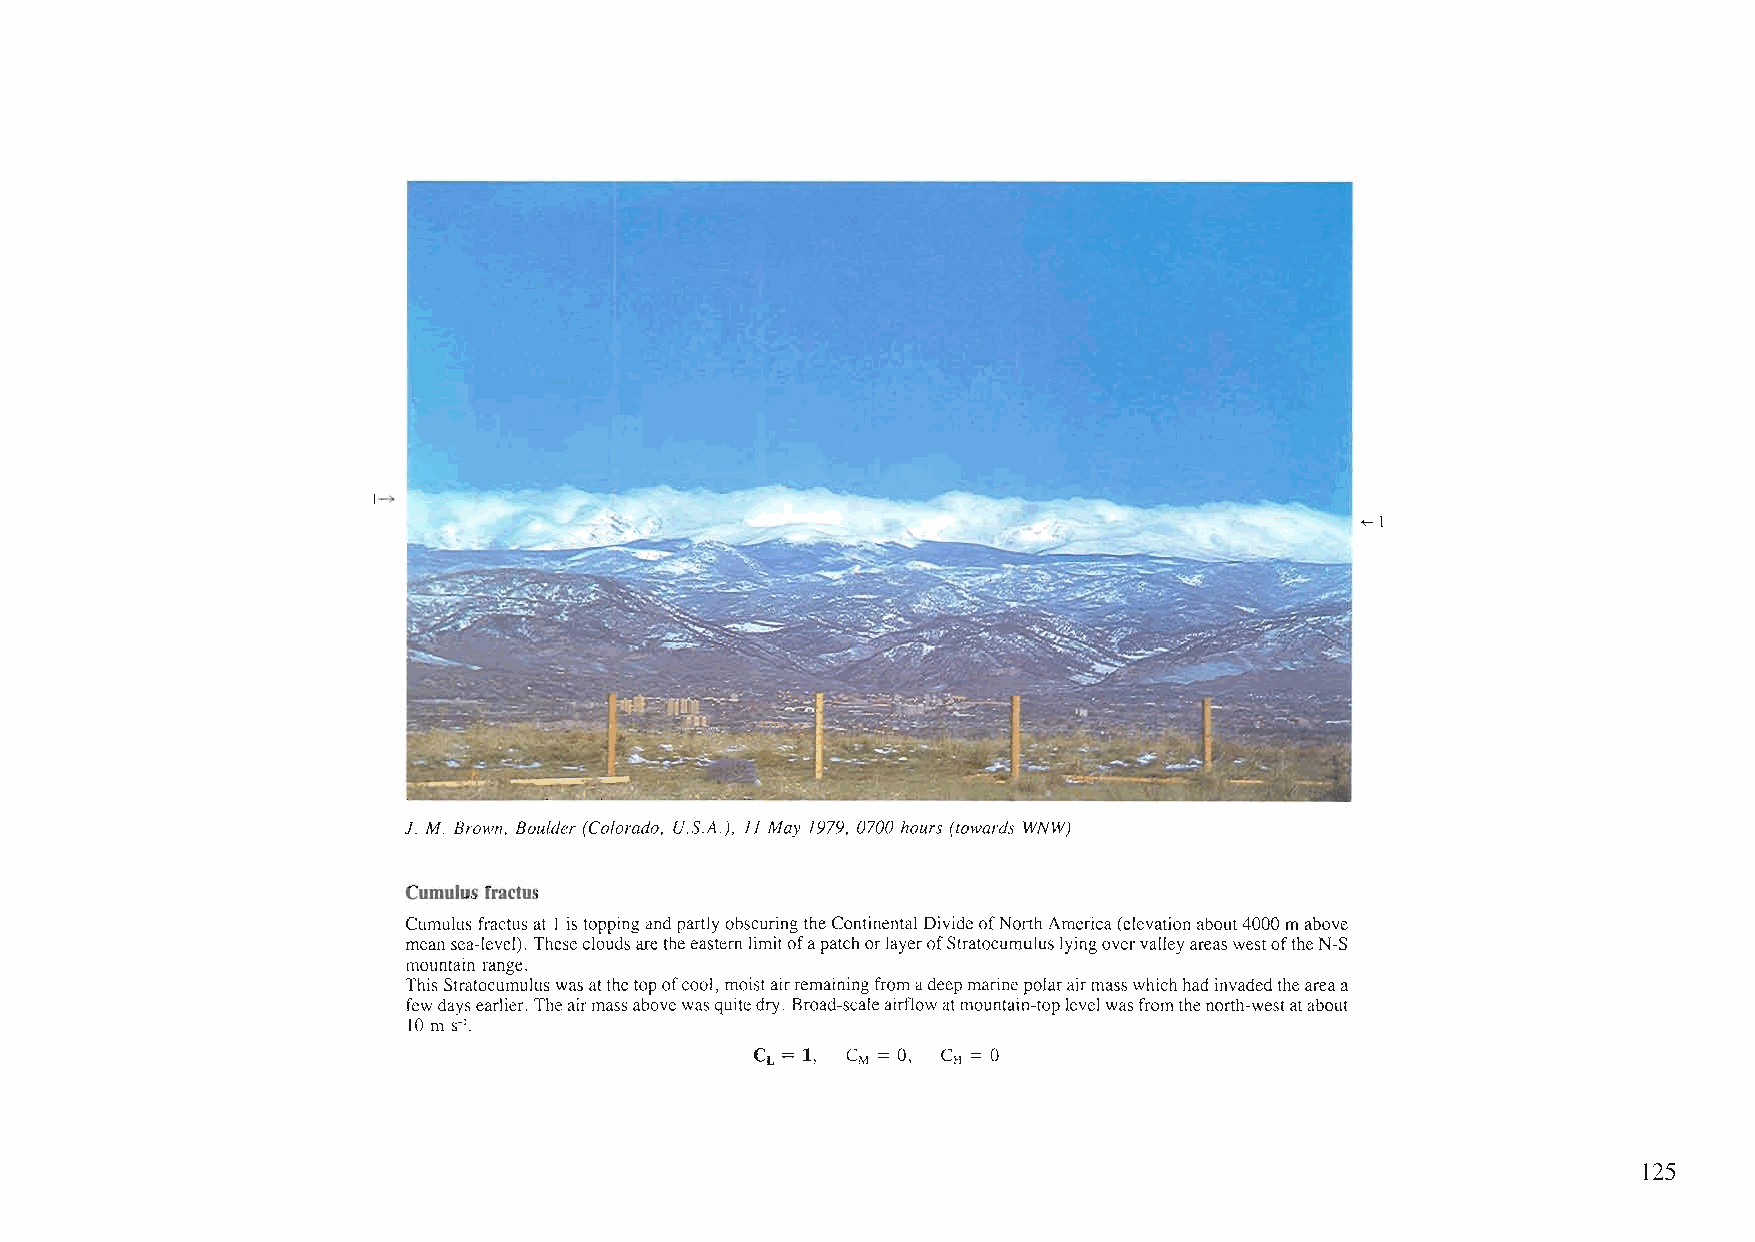
1-,>
 ~I
 J. M. Brown, Boulder (Colorado, U.S.A.), 11 May 1979, 0700 hours (towards WNW)
 Cumulus fractus
 Cumulusfractus at Iis toppingandpartlyobscuringtheContinental DivideofNorthAmerica(elevationabout4000mabove
 meansea-level). ThesecloudsaretheeasternlimitofapatchorlayerofStratocumuluslyingovervalleyareaswestoftheN-S
 mountain range.
 ThisStratocumuluswasatthetopofcool,moistairremainingfrom adeepmarinepolarairmasswhichhadinvadedtheareaa
 few daysearlier. Theairmassabovewasquitedry. Broad-scaleairflowatmountain-toplevelwasfromthenorth-westatabout
 10 m s-'.
 CL = 1, CM = 0, CH =0
 125